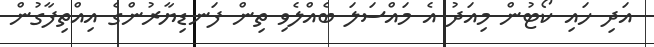
އަދި ހައި ކޯޓުން މިއަދު އެ މައްސަލަ ބެއްލެވި ތިން ފަނޑިޔާރުންގެ އިއްތިފާގުން